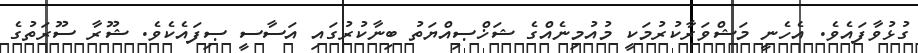
ގުޅުވާފައެވެ. އެހެނީ މަޝްވަރާކުރުމަކީ މުއުމިނެއްގެ ޝަޚްޞިއްޔަތު ބިނާކުރުގައި އަސާސީ ޞިފައެކެވެ. ޝޫރާ ސޫރަތުގެ